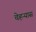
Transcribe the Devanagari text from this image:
चेहऱ्यास